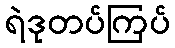
ရဲဒုတပ်ကြပ်